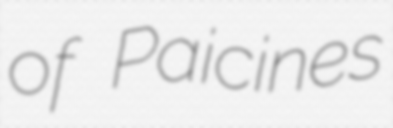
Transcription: of Paicines